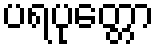
ပရပုတ္တော